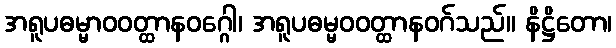
အရူပဓမ္မာဝဝတ္ထာနဝဂ္ဂေါ၊ အရူပဓမ္မဝဝတ္ထာနဝဂ်သည်။ နိဋ္ဌိတော၊